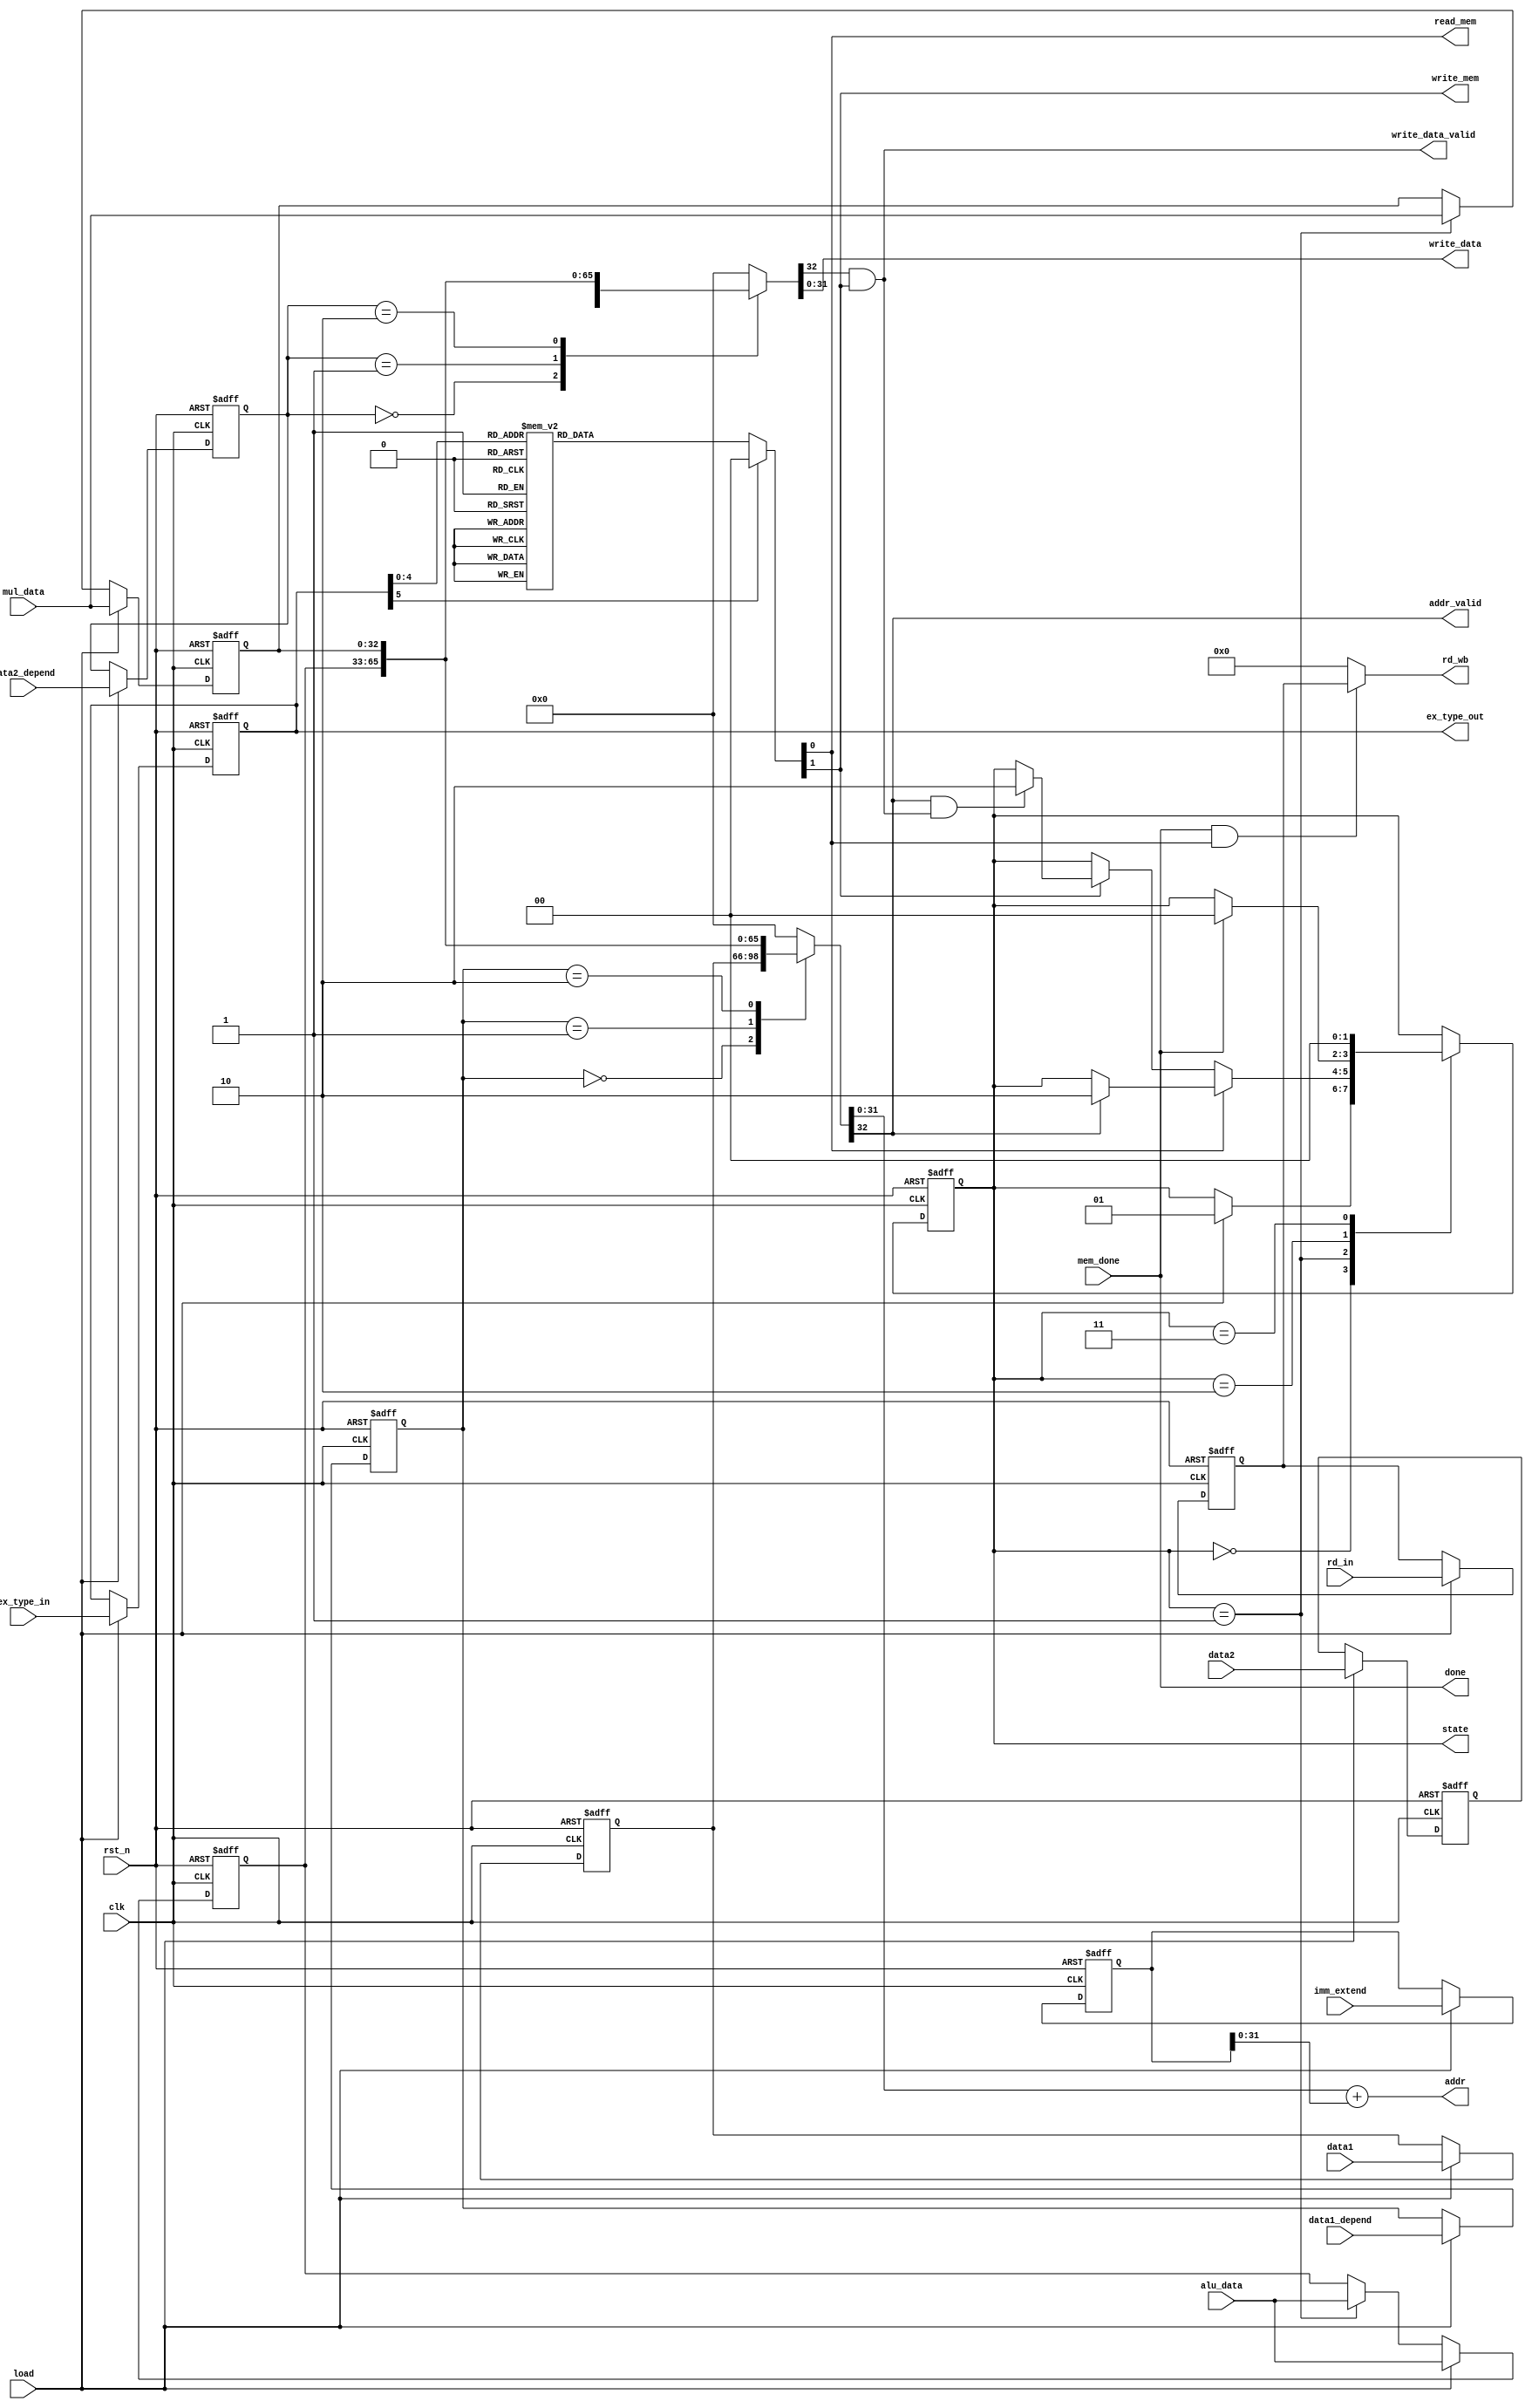
module Issue_LSU(
    // Inputs
    input wire clk,
    input wire rst_n,
    input wire load,
    input wire [1:0] data1_depend,
    input wire [1:0] data2_depend,
    input wire [4:0] rd_in,
    input wire [5:0] ex_type_in,
    input wire [32:0] data1,
    input wire [32:0] data2,
    input wire [32:0] imm_extend,
    input wire [32:0] alu_data,
    input wire [32:0] mul_data,
    input wire mem_done,
    // Outputs
    output reg [1:0] state,
    output wire done,
    output wire [4:0] rd_wb,
    output wire [5:0] ex_type_out,
    output reg read_mem,
    output reg write_mem,
    output wire [31:0] addr,
    output wire addr_valid,
    output wire [31:0] write_data,
    output wire write_data_valid
);

    parameter READY = 2'b00;
    parameter LOAD = 2'b01;
    parameter EXECUTE = 2'b10;
    parameter DONE = 2'b11;

    reg [1:0] data1_depend_store, data2_depend_store;
    reg [4:0] rd_store;
    reg [5:0] ex_type_store;
    reg [32:0] data1_store, data2_store, alu_data_store, mul_data_store, imm_extend_store;
    reg [32:0] operand1, operand2;

    // Manage state
    always @(posedge clk or negedge rst_n) begin
        if(!rst_n) begin
            state <= READY;
        end
        else begin
            case(state)
                READY: begin
                    if(load) state <= LOAD;
                    else state <= state;
                end
                LOAD: begin
                    if(read_mem) begin
                        if(addr_valid) state <= EXECUTE;
                        else state <= state;
                    end
                    else if(write_mem) begin
                        if(addr_valid & write_data_valid) state <= EXECUTE;
                        else state <= state;
                    end
                end
                EXECUTE: begin
                    if(mem_done) state <= READY;
                end
                DONE: begin
                    state <= READY;
                end
                default: state <= READY;
            endcase
        end
    end

    // Store data
    always @(posedge clk or negedge rst_n) begin
        if(!rst_n) begin
            data1_depend_store <= 2'b00;
            data2_depend_store <= 2'b00;
            rd_store <= 5'd0;
            ex_type_store <= 5'd0;
            data1_store <= 33'd0;
            data2_store <= 33'd0;
            imm_extend_store <= 33'd0;
            alu_data_store <= 33'd0;
            mul_data_store <= 33'd0;
        end
        else begin
            if(load) begin
                data1_depend_store <= data1_depend;
                data2_depend_store <= data2_depend;
                rd_store <= rd_in;
                ex_type_store <= ex_type_in;
                data1_store <= data1;
                data2_store <= data2;
                imm_extend_store <= imm_extend;
                alu_data_store <= alu_data;
                mul_data_store <= mul_data;
            end
            else begin
                data1_depend_store <= data1_depend_store;
                data2_depend_store <= data2_depend_store;
                rd_store <= rd_store;
                ex_type_store <= ex_type_store;
                data1_store <= data1_store;
                data2_store <= data2_store;
                imm_extend_store <= imm_extend_store;
                alu_data_store <= (state == LOAD) ? alu_data : alu_data_store;
                mul_data_store <= (state == LOAD) ? mul_data : mul_data_store;
            end
        end
    end



    // Select calculate data
    always @(*) begin
        case(data1_depend_store)
            2'b00: operand1 = data1_store;
            2'b01: operand1 = alu_data_store;
            2'b10: operand1 = mul_data_store;
            default: operand1 = 33'd0;
        endcase

        case(data2_depend_store)
            2'b00: operand2 = data2_store;
            2'b01: operand2 = alu_data_store;
            2'b10: operand2 = mul_data_store;
            default: operand2 = 33'd0;
        endcase
    end

    // Assign outputs
    assign done = mem_done;
    assign rd_wb = mem_done & read_mem ? rd_store : 5'd0;
    assign ex_type_out = ex_type_store;
    assign addr = operand1[31:0] + imm_extend_store[31:0];
    assign addr_valid = operand1[32];
    assign write_data = operand2[31:0];
    assign write_data_valid = operand2[32] & write_mem;
    
    always @(*) begin
		case(ex_type_store)
			6'd21: begin
				read_mem = 1'b1;
                write_mem = 1'b0;
			end
			6'd22: begin
				read_mem = 1'b1;
                write_mem = 1'b0;
			end
			6'd23: begin
				read_mem = 1'b1;
                write_mem = 1'b0;
			end
			6'd24: begin
				read_mem = 1'b1;
                write_mem = 1'b0;
			end
			6'd25: begin
				read_mem = 1'b1;
                write_mem = 1'b0;
			end
            6'd26: begin
                read_mem = 1'b0;
				write_mem = 1'b1;
			end
			6'd27: begin
                read_mem = 1'b0;
				write_mem = 1'b1;
			end
			6'd28: begin
                read_mem = 1'b0;
				write_mem = 1'b1;
			end
			default: begin
				read_mem = 1'b0;
                write_mem = 1'b0;
			end
		endcase
    end

endmodule